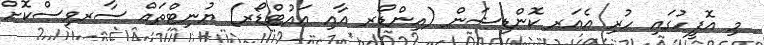
މި އޮފީހުގައި ހުރި އެއަރ ކޮންޑިޝަން (އިންޑޯރ އާއި އައުޓްޑޯރ) ޔުނިޓްތައް ސާރވިސްކޮށް